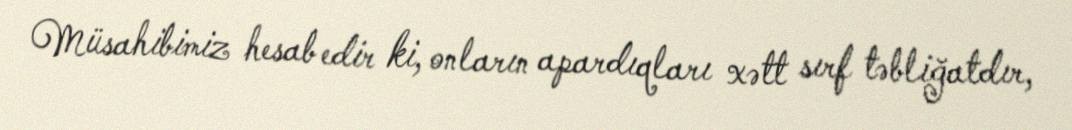
Müsahibimiz hesab edir ki, onların apardıqları xətt sırf təbliğatdır,